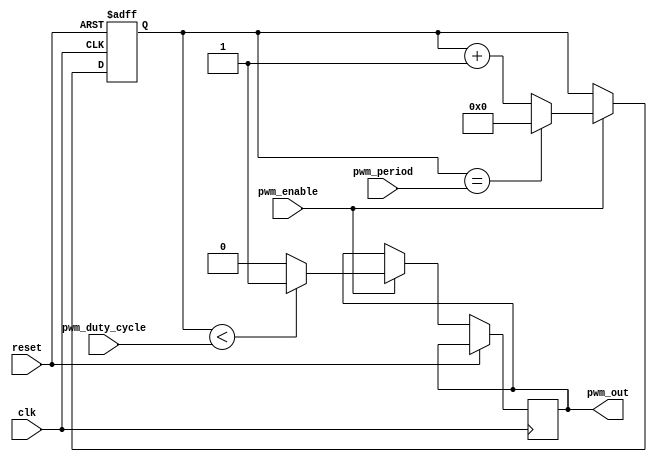
module pwm_timer (
    input wire clk, // Clock input
    input wire reset, // Reset input
    input wire pwm_enable, // PWM enable signal
    input wire [15:0] pwm_period, // PWM period value
    input wire [15:0] pwm_duty_cycle, // PWM duty cycle value
    output reg pwm_out // PWM output signal
);

reg [15:0] counter;
reg [15:0] compare_value;

always @ (posedge clk or posedge reset) begin
    if (reset) begin
        counter <= 0;
        compare_value <= 0;
    end else begin
        if (pwm_enable) begin
            counter <= counter + 1;
            if (counter == pwm_period) begin
                counter <= 0;
            end
            if (counter < pwm_duty_cycle) begin
                pwm_out <= 1;
            end else begin
                pwm_out <= 0;
            end
        end
    end
end

endmodule